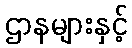
ဌာနများနှင့်